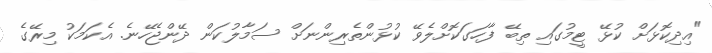
"އިދިކޮޅަށް ކުޅޭ ޓީމުގައި ތިބޭ ފާހަގަކޮށްލެވޭ ކުޅުންތެރިންނަށް ސަމާލުކަން ދޭންޖެހޭނެ. އެކަމަކު މިރޭގެ